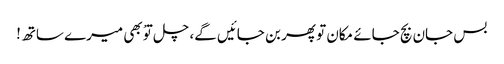
بس جان بچ جائے مکان تو پھر بن جائیں گے، چل توْ بھی میرے ساتھ!